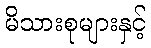
မိသားစုများနှင့်